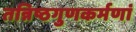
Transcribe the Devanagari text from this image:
तन्निष्ठगुणकर्मणां